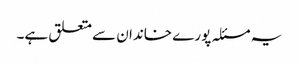
یہ مسئلہ پورے خاندان سے متعلق ہے۔